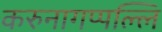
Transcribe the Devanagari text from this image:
करुनागप्पल्लि